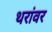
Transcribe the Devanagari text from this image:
थरांवर